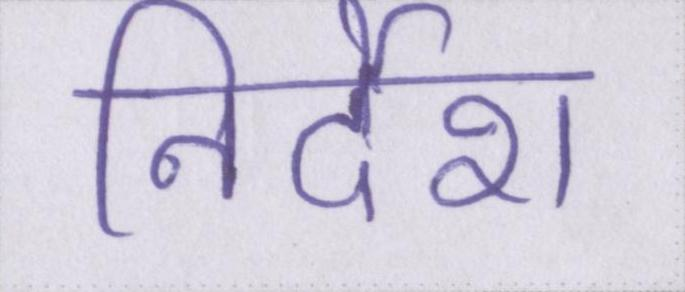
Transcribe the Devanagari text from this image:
निर्देश